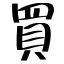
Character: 買